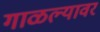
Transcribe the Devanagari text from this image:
गाळल्यावर